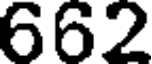
662